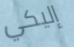
إليكي